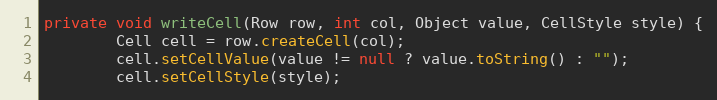
Language: Java
private void writeCell(Row row, int col, Object value, CellStyle style) {
		Cell cell = row.createCell(col);
		cell.setCellValue(value != null ? value.toString() : "");
		cell.setCellStyle(style);